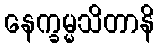
နေက္ခမ္မသိတာနိ